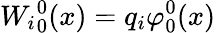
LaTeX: {W_{i}}_{0}^{0}(x)=q_{i}\varphi_{0}^{0}(x)